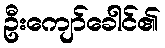
ဦးကျော်ခေါင်၏